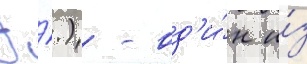
Э́.) - од'и́н и́з